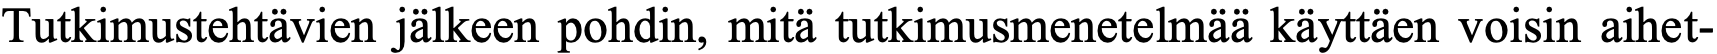
Tutkimustehtävien jälkeen pohdin, mitä tutkimusmenetelmää käyttäen voisin aihet-